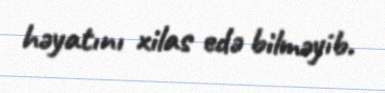
həyatını xilas edə bilməyib.